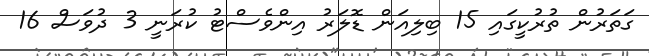
ގަތަރުން ތުރުކީގައި 15 ބިލިއަން ޑޮލަރު އިންވެސްޓު ކުރަނީ 3 ދުވަސް 16